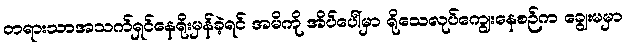
တရားသာအသက်ရှင်နေရိုးမှန်ခဲ့ရင် အမိကို အိပ်ပေါ်မှာ ရိုသေလုပ်ကျွေးနေစဉ်က ချွေးမမှာ